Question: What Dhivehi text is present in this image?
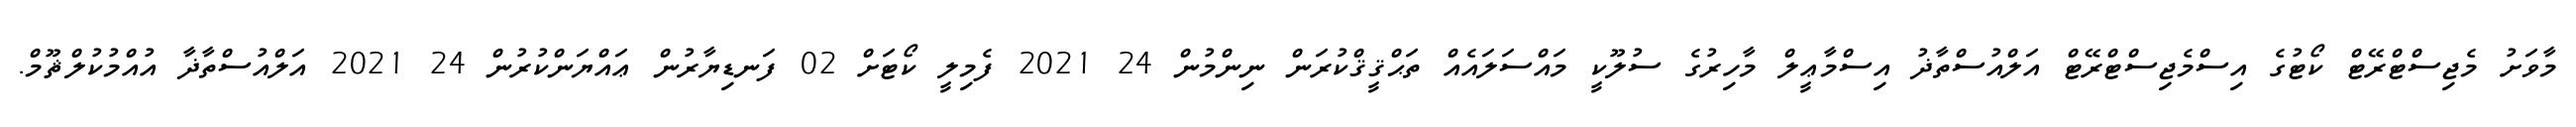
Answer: މާވަށު މެޖިސްޓްރޭޓް ކޯޓުގެ އިސްމެޖިސްޓްރޭޓް އަލްއުސްތާޛު އިސްމާޢީލް މާހިރުގެ ސުލޫކީ މައްސަލައެއް ތަޙްޤީޤްކުރަން ނިންމުން 24 2021 ފެމިލީ ކޯޓަށް 02 ފަނޑިޔާރުން ޢައްޔަންކުރުން 24 2021 އަލްއުސްތާޛާ އުއްމުކުލްޘޫމް.